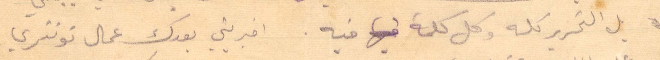
بل التحرير كله وكل كلمة فيه. اخبريني بعدك عمال توتتري